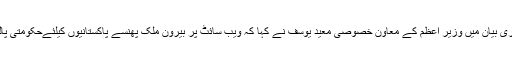
اس ضمن میں جاری بیان میں وزیر اعظم کے معاون خصوصی معید یوسف نے کہا کہ ویب سائٹ پر بیرون ملک پھنسے پاکستانیوں کیلئےحکومتی پالیسیاں موجود ہیں۔